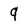
Character: q